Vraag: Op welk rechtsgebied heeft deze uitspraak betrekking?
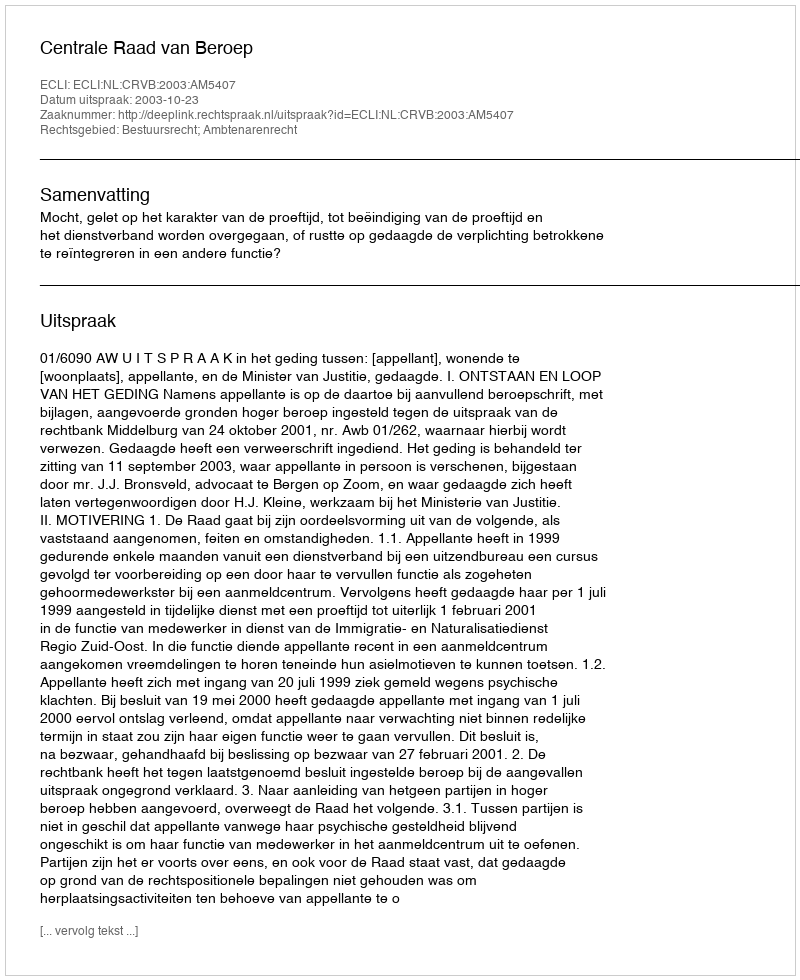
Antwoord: Bestuursrecht; Ambtenarenrecht